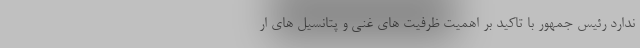
ندارد رئیس جمهور با تاکید بر اهمیت ظرفیت های غنی و پتانسیل های ار